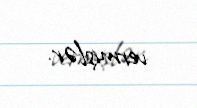
vermişlər.